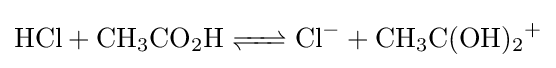
{\ce {HCl + CH3CO2H <=> Cl- + CH3C(OH)2+}}